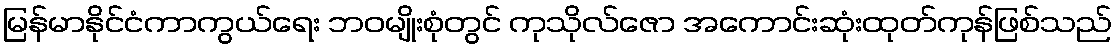
မြန်မာနိုင်ငံကာကွယ်ရေး ဘဝမျိုးစုံတွင် ကုသိုလ်ဇော အကောင်းဆုံးထုတ်ကုန်ဖြစ်သည်